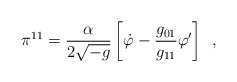
\begin{align*}\pi ^{11 } = \frac{\alpha }{2\sqrt {-g}}\left[ \dot \varphi -\frac{g_{01}}{g_{11}}\varphi '\right] \,\,\, ,\end{align*}